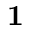
\mathbf { 1 }